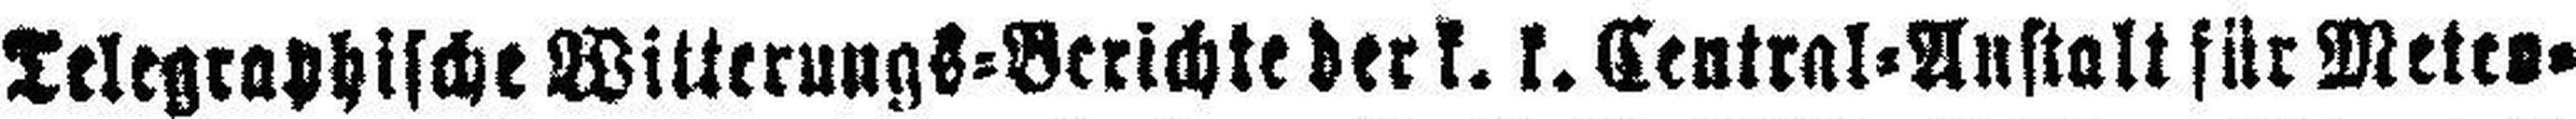
Telegraphische Witterungs=Berichte der k. k. Central=Anstalt für Metes¬